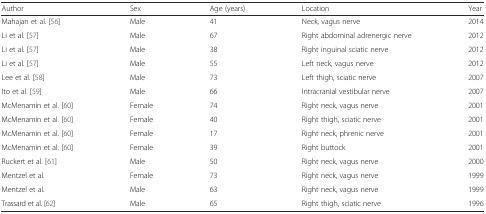
| Author | Sex | Age (years) | Location | Year |
 | --- | --- | --- | --- | --- |
 | Mahajan et al. [56] | Male | 41 | Neck, vagus nerve | 2014 |
 | Li et al. [57] | Male | 67 | Right abdominal adrenergic nerve | 2012 |
 | Li et al. [57] | Male | 38 | Right inguinal sciatic nerve | 2012 |
 | Li et al. [57] | Male | 55 | Left neck, vagus nerve | 2012 |
 | Lee et al. [58] | Male | 73 | Left thigh, sciatic nerve | 2007 |
 | Ito et al. [59] | Male | 66 | Intracranial vestibular nerve | 2007 |
 | McMenamin et al. [60] | Female | 74 | Right neck, vagus nerve | 2001 |
 | McMenamin et al. [60] | Female | 40 | Right thigh, sciatic nerve | 2001 |
 | McMenamin et al. [60] | Female | 17 | Right neck, phrenic nerve | 2001 |
 | McMenamin et al. [60] | Female | 39 | Right buttock | 2001 |
 | Ruckert et al. [61] | Male | 50 | Right neck, vagus nerve | 2000 |
 | Mentzel et al. | Female | 73 | Right neck, vagus nerve | 1999 |
 | Mentzel et al. | Male | 63 | Right neck, vagus nerve | 1999 |
 | Trassard et al. [62] | Male | 65 | Right thigh, sciatic nerve | 1996 |